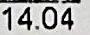
14.04